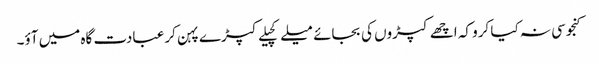
کنجوسی نہ کیا کرو کہ اچھے کپڑوں کی بجائے میلے کچیلے کپڑے پہن کر عبادت گاہ میں آؤ۔